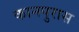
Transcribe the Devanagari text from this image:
कानपुरास